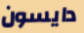
دايسون